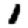
Digit: 1